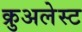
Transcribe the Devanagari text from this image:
क्रुअलेस्ट